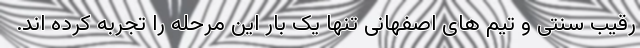
رقیب سنتی و تیم های اصفهانی تنها یک بار این مرحله را تجربه کرده اند.